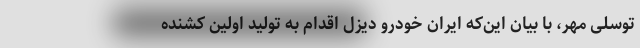
توسلی مهر، با بیان این‌که ایران خودرو دیزل اقدام به تولید اولین کشنده